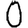
Digit: 0